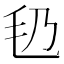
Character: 㲌